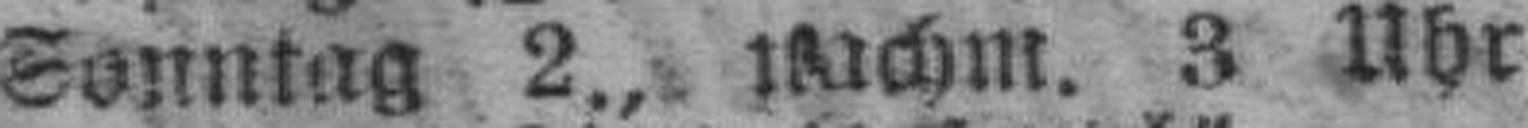
Sonntag 2., nachm. 3 Uhr